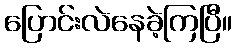
ပြောင်းလဲနေခဲ့ကြပြီ။